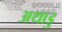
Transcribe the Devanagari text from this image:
अथाडु